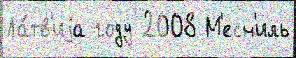
Ла́тв'иjа году 2008 М'есн'иль